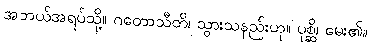
အဘယ်အရပ်သို့။ ဂတောသီတိ၊ သွားသနည်းဟု။ ပုစ္ဆိ၊ မေး၏။